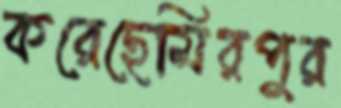
করেছেমিরপুর